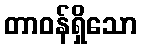
တာဝန်ရှိသော